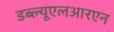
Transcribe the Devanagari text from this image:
डब्ल्यूएलआरएन